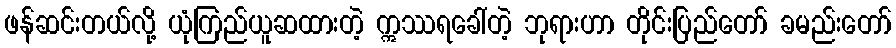
ဖန်ဆင်းတယ်လို့ ယုံကြည်ယူဆထားတဲ့ ဣဿရခေါ်တဲ့ ဘုရားဟာ တိုင်းပြည်တော် ခမည်းတော်